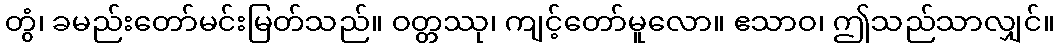
တွံ၊ ခမည်းတော်မင်းမြတ်သည်။ ဝတ္တဿု၊ ကျင့်တော်မူလော။ ဧသာဝ၊ ဤသည်သာလျှင်။